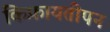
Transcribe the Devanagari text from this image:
किफ़ायतीपन